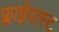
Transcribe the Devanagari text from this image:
फ्लाईपास्ट